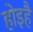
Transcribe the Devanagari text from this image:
होइहै